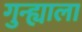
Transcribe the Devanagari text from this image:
गुन्ह्याला